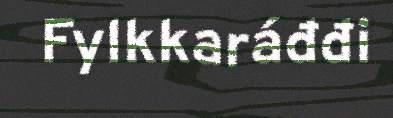
Fylkkaráđđi